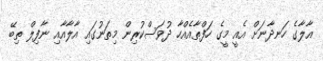
އާލާގެ ހަނދާނަށް އެއީ މީގެ ހަފްތާއެއްހާ ދުވަސްކުރިން މިތަނުގައި އާލާއާއި ނާފިލް ތިބޭ